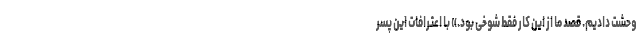
وحشت دادیم. قصد ما از این کار فقط شوخی بود.» با اعترافات این پسر